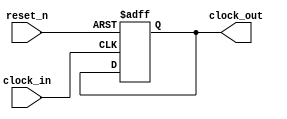
module clock_divider(
    input clock_in, reset_n,
    output reg clock_out
    //output [9:0] LEDR
);

reg [22:0] clock_divider;
//parameter divide_by = 5_000_000;
parameter divide_by = 0;

always@(posedge clock_in,negedge reset_n)
begin
    if(~reset_n)
        begin
            clock_out = 0;
            clock_divider = 0;
        end
     else
        begin
            if(clock_divider != divide_by-1)begin
               clock_divider <= clock_divider+1; 
            end
            else begin
                clock_divider <= 0;
                clock_out = ~clock_out;
            end    
        end   
end

endmodule